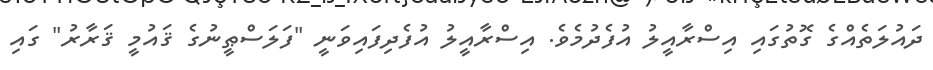
ދައުލަތެއްގެ ގޮތުގައި އިސްރާއީލު އުފެދުމެވެ. އިސްރާއީލު އުފެދިފައިވަނީ "ފަލަސްޠީނުގެ ޤައުމީ ޤަރާރު" ގައި